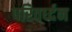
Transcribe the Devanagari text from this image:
परिवर्ध्दन